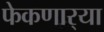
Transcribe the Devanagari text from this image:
फेकणार्‍या